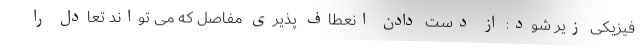
فیزیکی زیر شود: از دست دادن انعطاف پذیری مفاصل که می تواند تعادل را